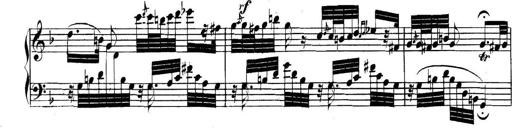
Title: Collected Piano Sonatas
Composer: Muzio Clementi